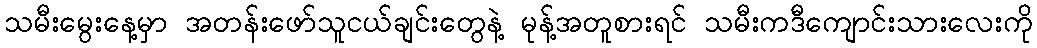
သမီးမွေးနေ့မှာ အတန်းဖော်သူငယ်ချင်းတွေနဲ့ မုန့်အတူစားရင် သမီးကဒီကျောင်းသားလေးကို